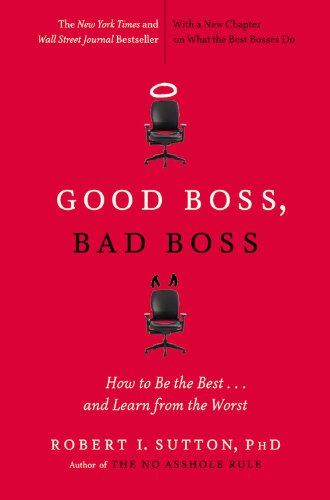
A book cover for Good Boss, Bad Boss: How to Be the Best... and Learn from the Worst; Robert I. Sutton; Business & Money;